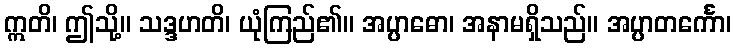
ဣတိ၊ ဤသို့။ သဒ္ဒဟတိ၊ ယုံကြည်၏။ အပ္ပာဓော၊ အနာမရှိသည်။ အပ္ပာတင်္ကော၊